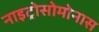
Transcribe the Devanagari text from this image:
नाइट्रोसोमोनास